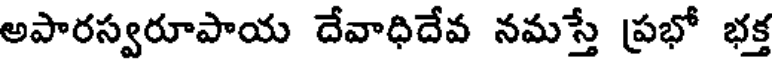
అపారస్వరూపాయ దేవాధిదేవ నమస్తే ప్రభో భక్త